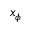
x _ { \phi }